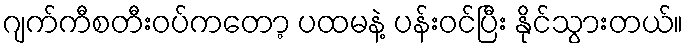
ဂျက်ကီစတီးဝပ်ကတော့ ပထမနဲ့ ပန်းဝင်ပြီး နိုင်သွားတယ်။